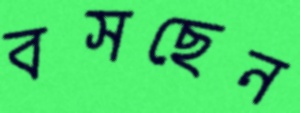
বসছেন